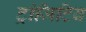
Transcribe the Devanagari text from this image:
ट्रांजिटिव